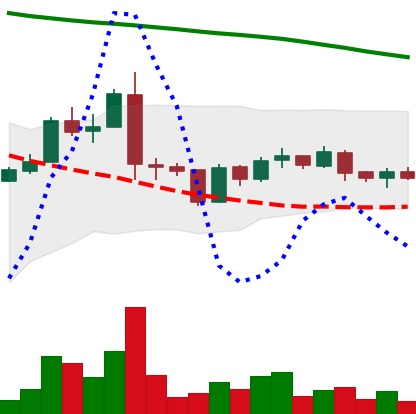
Ticker: ADA-USD
Chart end date: 2019-01-23
Forward return: -9.622%
Label: down_7plus